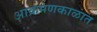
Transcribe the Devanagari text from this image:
आक्रमणकाळात